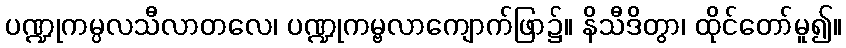
ပဏ္ဍုကမ္ပလသီလာတလေ၊ ပဏ္ဍုကမ္ဗလာကျောက်ဖြာ၌။ နိသီဒိတွာ၊ ထိုင်တော်မူ၍။